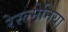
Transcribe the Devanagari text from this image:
रेस्ल्मेनिया